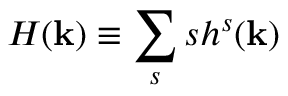
H ( { \bf k } ) \equiv \sum _ { s } s h ^ { s } ( { \bf k } )